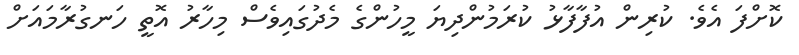
ކޮށްފަ އެވެ. ކުރިން އުފާފާޅު ކުރަމުންދިޔަ މީހުންގެ މެދުގައިވެސް މިހާރު އޮތީ ހަނގުރާމައަށް